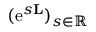
( { \mathrm e } ^ { s \mathbf { L } } ) _ { s \in \mathbb { R } }